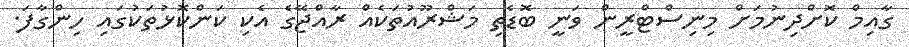
ގާއިމް ކޮށްދިނުމަށް މިނިސްޓްރީން ވަނީ ބޮޑެތި މަޝްރޫއުތަކެއް ރާއްޖޭގެ އެކި ކަންކޮޅުތަކުގައި ހިންގާފަ.